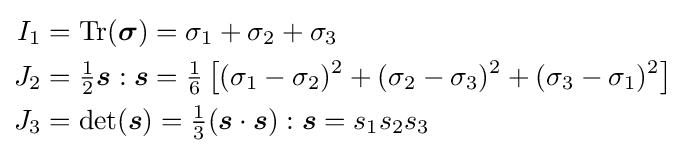
{\begin{aligned}I_{1}&={\text{Tr}}({\boldsymbol {\sigma }})=\sigma _{1}+\sigma _{2}+\sigma _{3}\\J_{2}&={\tfrac {1}{2}}{\boldsymbol {s}}:{\boldsymbol {s}}={\tfrac {1}{6}}\left[(\sigma _{1}-\sigma _{2})^{2}+(\sigma _{2}-\sigma _{3})^{2}+(\sigma _{3}-\sigma _{1})^{2}\right]\\J_{3}&=\det({\boldsymbol {s}})={\tfrac {1}{3}}({\boldsymbol {s}}\cdot {\boldsymbol {s}}):{\boldsymbol {s}}=s_{1}s_{2}s_{3}\end{aligned}}